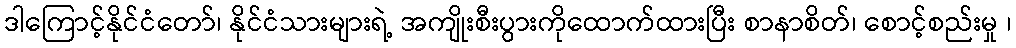
ဒါကြောင့်နိုင်ငံတော်၊ နိုင်ငံသားများရဲ့ အကျိုးစီးပွားကိုထောက်ထားပြီး စာနာစိတ်၊ စောင့်စည်းမှု ၊